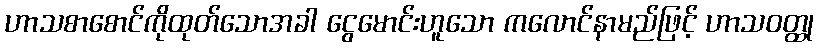
ဟာသစာစောင်ကိုထုတ်သောအခါ ငွေမောင်းဟူသော ကလောင်နာမည်ဖြင့် ဟာသဝတ္ထု